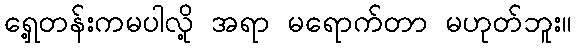
ရှေ့တန်းကမပါလို့ အရာ မရောက်တာ မဟုတ်ဘူး။